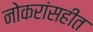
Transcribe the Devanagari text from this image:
नोकरांसहीत